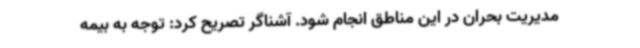
مدیریت بحران در این مناطق انجام شود. آشناگر تصریح کرد: توجه به بیمه